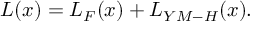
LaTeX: { \cal { L } } ( x ) = { \cal L } _ { F } ( x ) + { \cal L } _ { Y M - H } ( x ) .